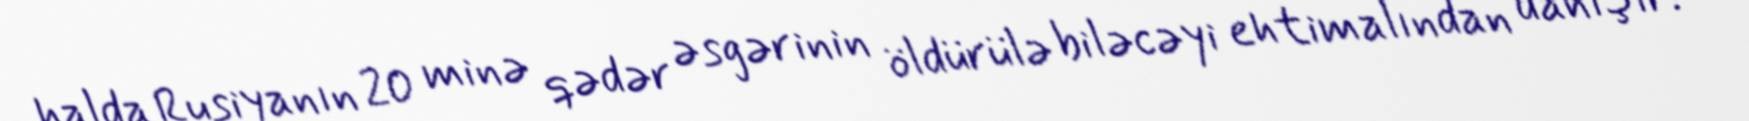
halda Rusiyanın 20 minə qədər əsgərinin öldürülə biləcəyi ehtimalından danışır.